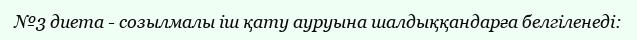
№3 диета - созылмалы іш қату ауруына шалдыққандарға белгіленеді: